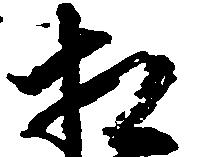
相